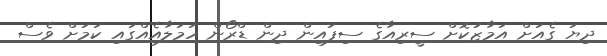
ދިޔަ ގެއަށް އަމާޒުކޮށް ސީރިއާގެ ސިފައިން ދިން ޑްރޯން ހަމަލާއެއްގައި ކަމަށް ވެސް